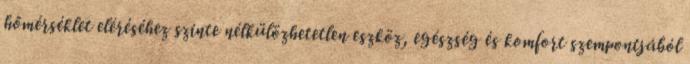
hőmérséklet eléréséhez szinte nélkülözhetetlen eszköz, egészség és komfort szempontjából